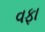
વફા